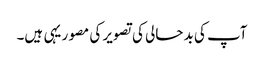
آپ کی بد حالی کی تصویر کی مصور یہی ہیں۔